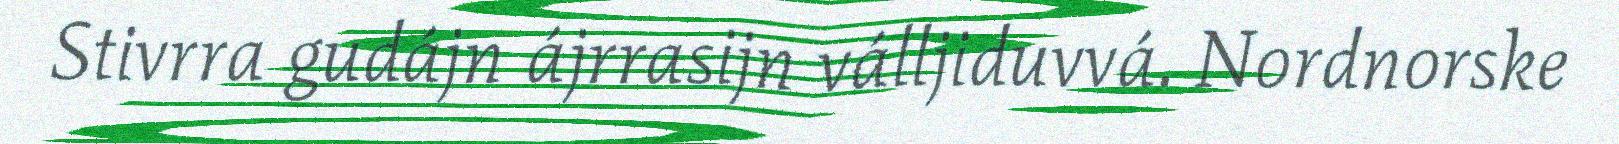
Stivrra gudájn ájrrasijn válljiduvvá. Nordnorske